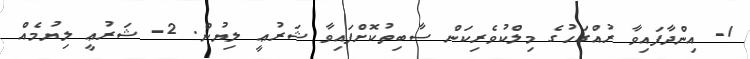
1- އިންދާފައިވާ ރުއްގަހުގެ މިލްކުވެރިކަން ސާބިތުކޮށްފައިވާ ޝަރުޢީ ލިޔުން. 2- ޝަރުޢީ ލިޔުމެއް